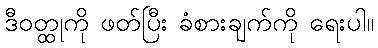
ဒီဝတ္ထုကို ဖတ်ပြီး ခံစားချက်ကို ရေးပါ။